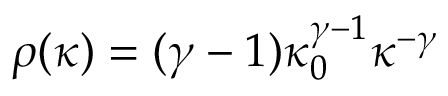
\rho ( \kappa ) = ( \gamma - 1 ) \kappa _ { 0 } ^ { \gamma - 1 } \kappa ^ { - \gamma }